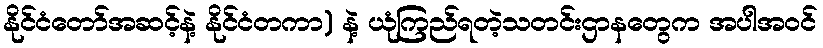
နိုင်ငံတော်အဆင့်နဲ့ နိုင်ငံတကာ) နဲ့ ယုံကြည်ရတဲ့သတင်းဌာနတွေက အပါအဝင်